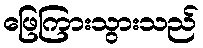
ဖြေကြားသွားသည်